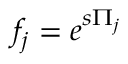
f _ { j } = e ^ { s \Pi _ { j } }